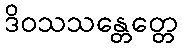
ဒိဝသသန္တေတ္တေ